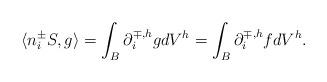
LaTeX: \begin{align*} \langle n_i^{\pm}S,g\rangle=\int_{B}\partial_i^{\mp,h}gdV^h=\int_{B}\partial_i^{\mp,h}fdV^h. \end{align*}